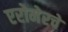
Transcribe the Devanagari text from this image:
एरोमेरचे